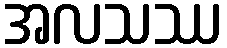
အလသဿ